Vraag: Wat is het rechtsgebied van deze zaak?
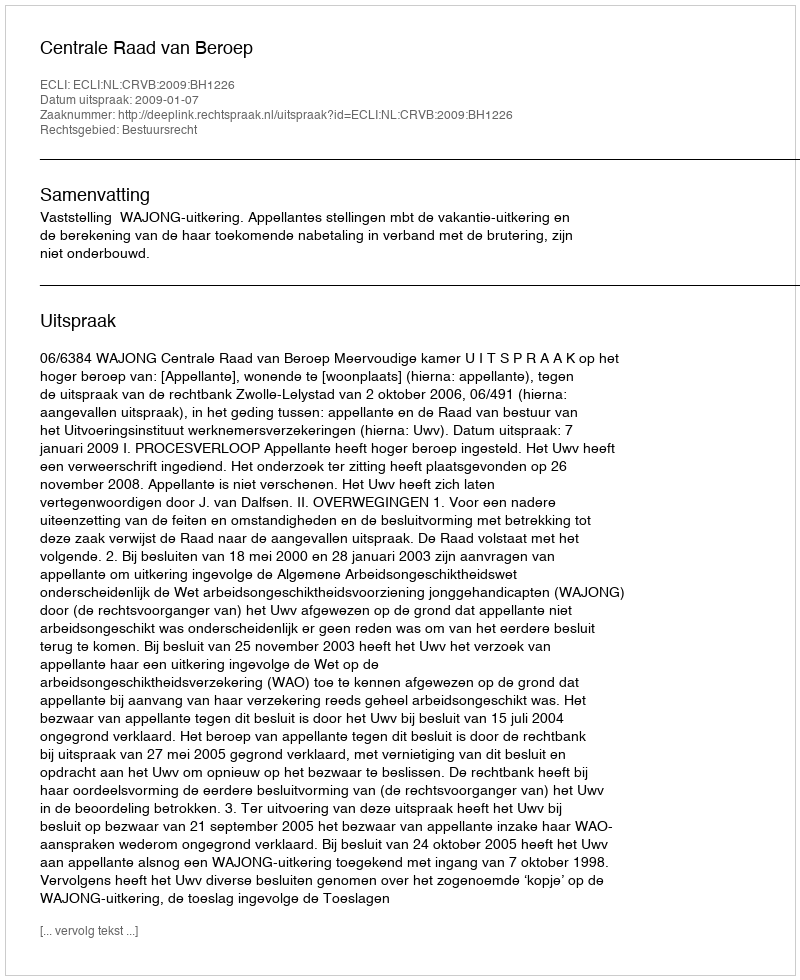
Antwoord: Bestuursrecht